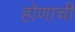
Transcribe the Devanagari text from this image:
होणाची